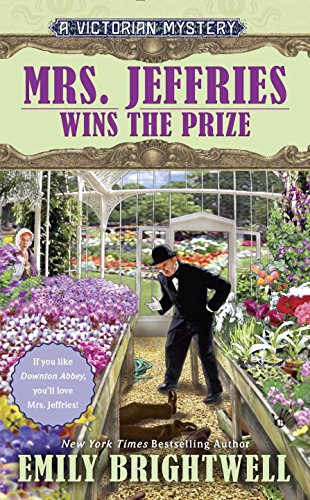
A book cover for Mrs. Jeffries Wins the Prize: A Victorian Mystery; Emily Brightwell; Mystery, Thriller & Suspense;